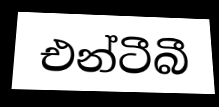
එන්ටීබී